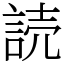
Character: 読